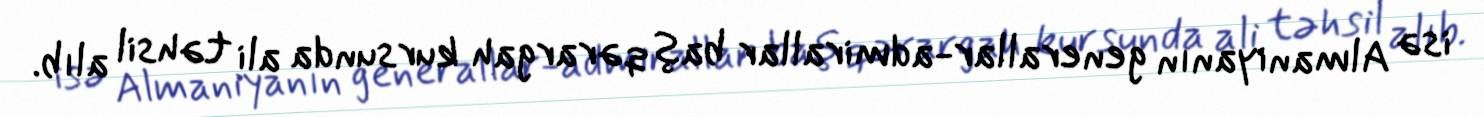
isə Almaniyanın generallar-admirallar baş qərargah kursunda ali təhsil alıb.